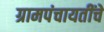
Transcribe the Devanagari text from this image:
ग्रामपंचायतींचे